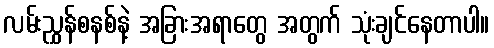
လမ်းညွှန်စနစ်နဲ့ အခြားအရာတွေ အတွက် သုံးချင်နေတာပါ။